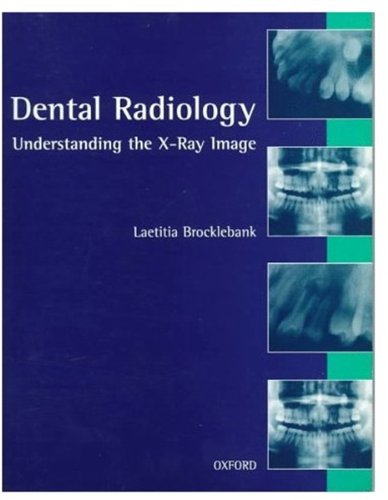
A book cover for Dental Radiology: Understanding the X-Ray Image; Laetitia Brocklebank; Medical Books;